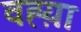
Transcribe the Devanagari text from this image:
वह्य़ा